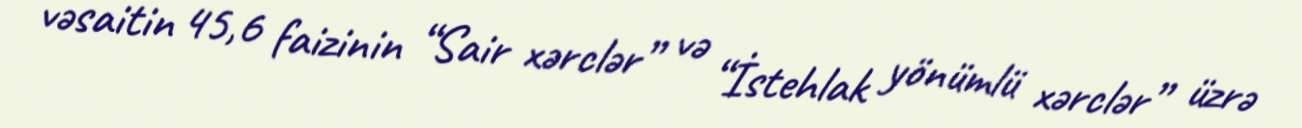
vəsaitin 45,6 faizinin “Sair xərclər” və “İstehlak yönümlü xərclər” üzrə